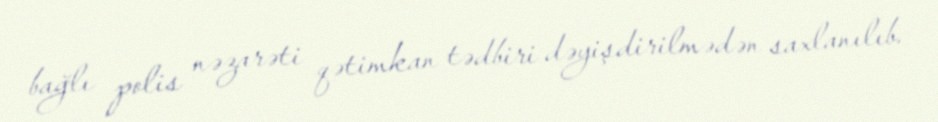
bağlı polis nəzarəti qətimkan tədbiri dəyişdirilmədən saxlanılıb.